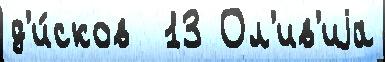
д'и́сков  13 Ол'ив'иjа